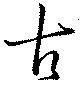
古